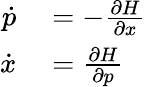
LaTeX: \begin{array}{rl}{{\dot{p}}}&{{}=-{\frac{\partial H}{\partial x}}}\\ {{\dot{x}}}&{{}={\frac{\partial H}{\partial p}}}\end{array}